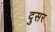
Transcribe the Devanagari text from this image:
दुसर